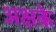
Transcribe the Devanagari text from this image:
अक्षके